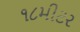
૧૮મીટર